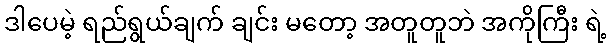
ဒါပေမဲ့ ရည်ရွယ်ချက် ချင်း မတော့ အတူတူဘဲ အကိုကြီး ရဲ့